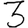
Digit: 3